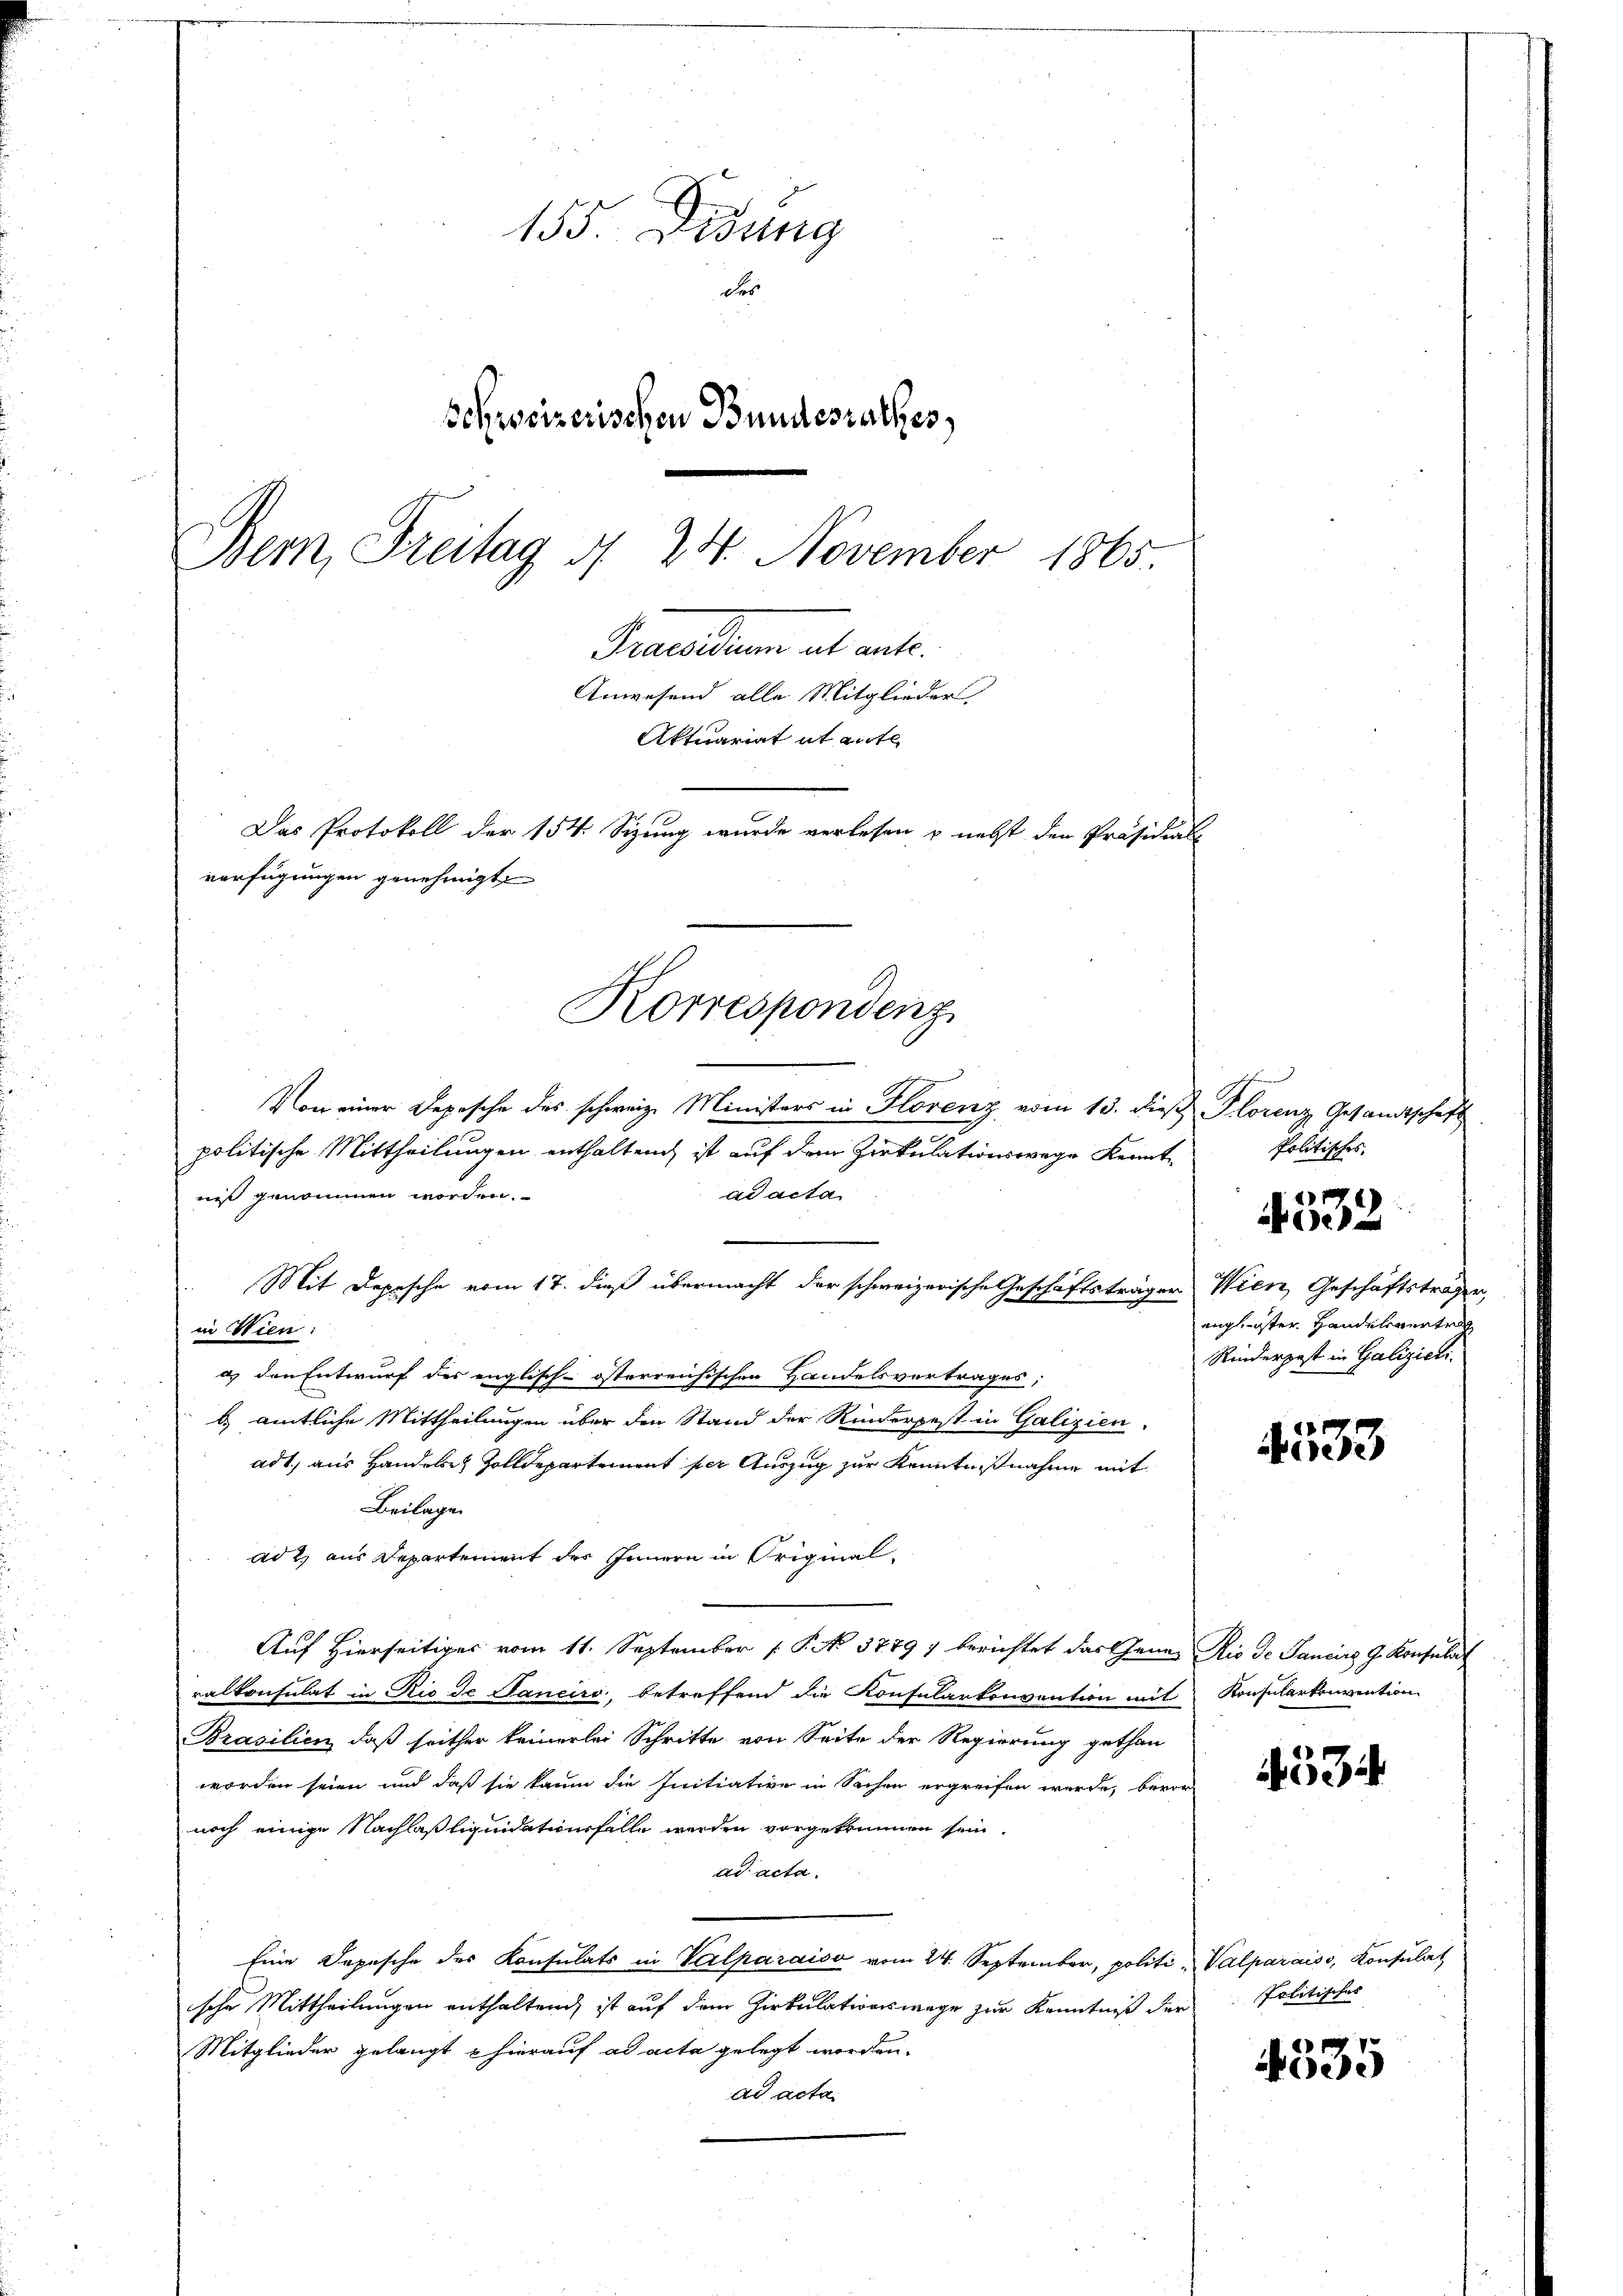
155 Didung
des
Schweizerischen Bundesrathes,
Bern, Freitag d. 24. November 1865.
Gruendum alt aute.
Anwesend alle Mitglieder
Aktuariat it ent
Das Protokoll der 154. Sizung wurde verlesen & nebst den Präsidial-
verfügungen genehmigt.

Korrespondenz

Von einer Depesche des schweiz. Ministers in Florenz vom 13. dieß Plorenz Gesandtschaft
politische Mittheilungen enthaltend, ist auf dem Zirkulationswege Kennt-
ni genommen worden.
ad acta
Mit Depesche vom 17. dieß übermacht der schweizerische Geschäftsträger Wien, Geschäftsträger,
in Wien:
d) den Entwurf des englisch-österreichischen Handelsvertrages;
b. amtliche Mittheilungen über den Stand der Rinderpest in Galizien,
adt, aus Handelich Zolldepartement per Auszug zur Kenntnißnahme mit
Beilage
ad 2, aus Departement des Innern in Original-
Auf Hierseitiges vom 11. September [ P. No 37797 berichtet das Gener Rio de Pancirz 9. Konsulat
ralkonsulat in Rio de Janeiro betreffend die Konsularkonvention mit
Brasilien, daß seither keinerlei Schritte von Seite der Regierung gethan
worden seien und daß sie kaum die Initiative in Sachen ergreifen werde, bevor
noch einige Nachlasliquidationsfalle werden vorgekommen sein.
ad acta
Eine Depesche des Konsulats in Verlparaiso vom 24. September, politi- Valparais, Konsulat
ische Mittheilungen enthaltend, ist auf dem Zirkulationswege zur Kenntniß der
Mitglieder gelangt & hierauf ad acta gelegt worden.
ad acta.

Politisches
englister Handelsvertrag
Rinderpest in Galizieli.

4
e

4533

Konsularkonvention

534

Politisches

4535